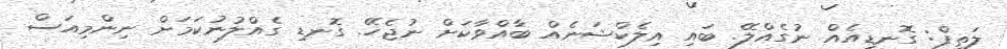
ލަތީފް: ގޮނޑިއެއް ނުގެއްލޭ. ބައި އިލެކްޝަނެއް ބާއްވާކަށް ނުޖެހޭ. ގޮނޑި ގެއްލުނުކަމަށް ނިންމިއަސް